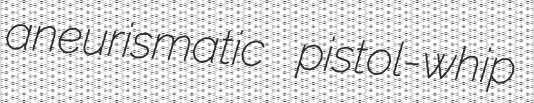
aneurismatic pistol-whip